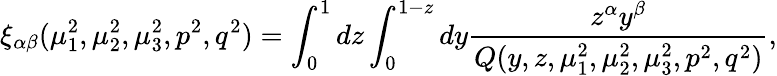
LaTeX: \xi_{\alpha\beta}(\mu_{1}^{2},\mu_{2}^{2},\mu_{3}^{2},p^{2},q^{2})=\int_{0}^{1}dz\int_{0}^{1-z}dy\frac{z^{\alpha}y^{\beta}}{Q(y,z,\mu_{1}^{2},\mu_{2}^{2},\mu_{3}^{2},p^{2},q^{2})},